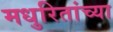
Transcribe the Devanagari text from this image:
मधुरितांच्या